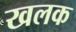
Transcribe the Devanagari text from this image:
खलक